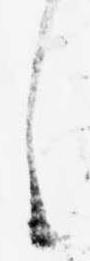
し